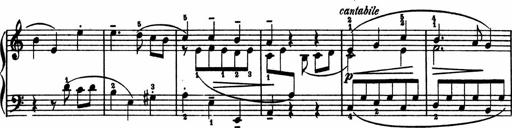
Title: 2 Sonatinen
Composer: Lambertus Adrianus van Tetterode